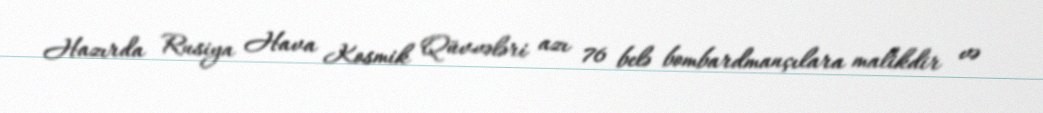
Hazırda Rusiya Hava Kosmik Qüvvələri azı 76 belə bombardmançılara malikdir və